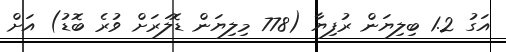
އަގު 1.2 ބިލިޔަން ރުފިޔާ (778 މިލިޔަން ޑޮލަރަށް ވުރެ ބޮޑު) އަށް